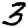
Digit: 3